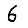
Digit: 6